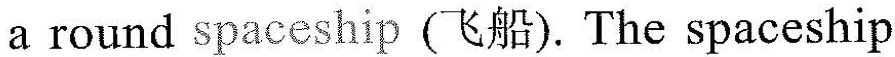
a round spaceship(飞船). The spaceship